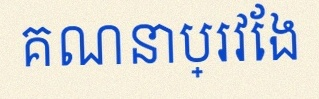
គណនាប្រវែង